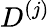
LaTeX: D^{(j)}